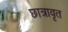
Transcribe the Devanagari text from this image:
छात्रावृत